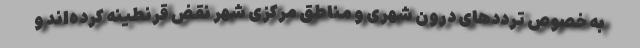
به خصوص ترددهای درون شهری و مناطق مرکزی شهر نقض قرنطینه کرده‌اند و